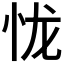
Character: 𢘙